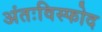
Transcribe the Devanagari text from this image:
अंतःविस्फोद